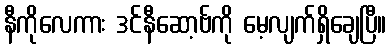
နီကိုလေကား ဒင်နီဆော့ဗ်ကို မေ့လျက်ရှိချေပြီ။